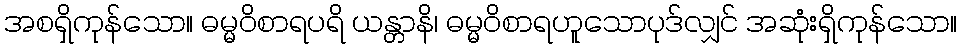
အစရှိကုန်သော။ ဓမ္မဝိစာရပရိ ယန္တာနိ၊ ဓမ္မဝိစာရဟူသောပုဒ်လျှင် အဆုံးရှိကုန်သော။